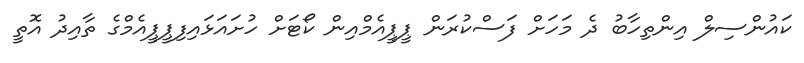
ކައުންސިލް އިންތިހާބު ދެ މަހަށް ފަސްކުރަން ޕީޕީއެމްއިން ކޯޓަށް ހުށައަޅައިފިޕީޕީއެމްގެ ތާއިދު އޮތީ